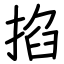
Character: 掐